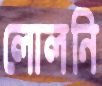
লোলনি